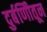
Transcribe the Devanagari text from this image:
दुर्बणिीतून